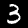
Digit: 3